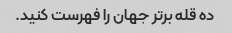
ده قله برتر جهان را فهرست کنید.